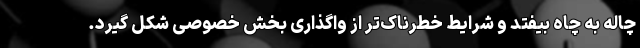
چاله به چاه بیفتد و شرایط خطرناک‌تر از واگذاری بخش خصوصی شکل گیرد.